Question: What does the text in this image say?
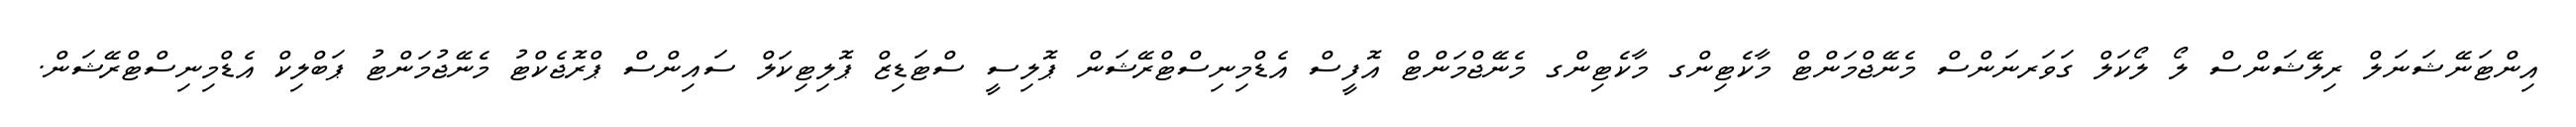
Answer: އިންޓަނޭޝަނަލް ރިލޭޝަންސް ލޯ ލޯކަލް ގަވަރނަންސް މެނޭޖްމަންޓް މާކެޓިންގ މާކެޓިންގ މެނޭޖްމަންޓް އޮފީސް އެޑްމިނިސްޓްރޭޝަން ޕޮލިސީ ސްޓަޑިޒް ޕޮލިޓިކަލް ސައިންސް ޕްރޮޖެކްޓު މެނޭޖުމަންޓު ޕަބްލިކް އެޑްމިނިސްޓްރޭޝަން.